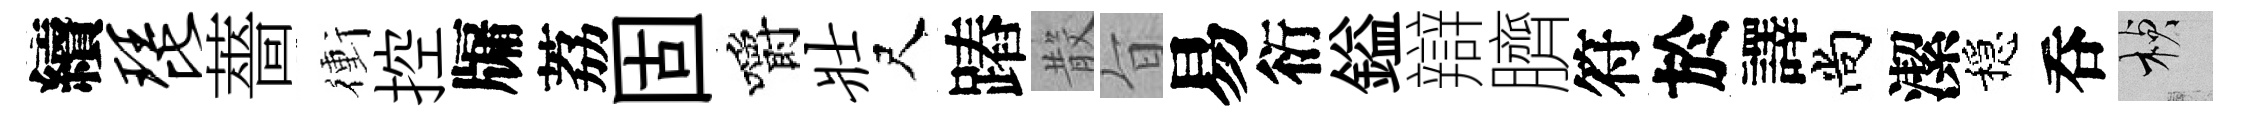
續琵薔衝控牖荔固嚼壮尺蹖𣪚旨易衍鎰辯臍符於譯尚潔穩呑楨